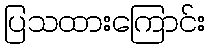
ပြသထားကြောင်း